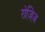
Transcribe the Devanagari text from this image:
रोज़िज़